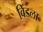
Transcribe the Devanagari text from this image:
विंडला